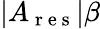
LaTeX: |A_{\mathrm{~r~e~s~}}|\beta